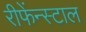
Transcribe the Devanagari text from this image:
रीफेंन्स्टाल